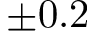
\pm 0 . 2